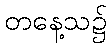
တနေ့သ၌